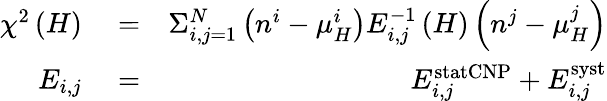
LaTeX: \begin{array}{rlr}{\chi^{2}\left(H\right)}&{{}=}&{\Sigma_{i,j=1}^{N}\left(n^{i}-\mu_{H}^{i}\right)E_{i,j}^{-1}\left(H\right)\left(n^{j}-\mu_{H}^{j}\right)}\\ {E_{i,j}}&{{}=}&{E_{i,j}^{\textrm{statCNP}}+E_{i,j}^{\textrm{syst}}}\end{array}